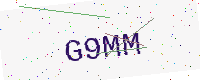
Text: G9MM